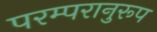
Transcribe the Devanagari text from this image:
परम्परानुरूप